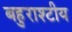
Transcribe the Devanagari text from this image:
बहुराश्टीय